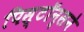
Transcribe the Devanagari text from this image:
पिस्टॉन्सने